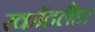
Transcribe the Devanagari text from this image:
स्कॉटलैंड।